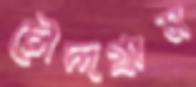
চৌদ্দগ্রাম